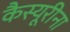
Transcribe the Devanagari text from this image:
कैस्यूरीना